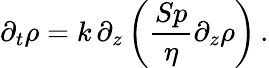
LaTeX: \partial_{t}\rho=k\, \partial_{z}\left(\frac{Sp}{\eta}\partial_{z}\rho\right)\, .